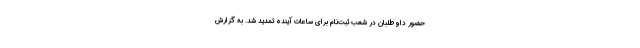
حضور داوطلبان در شعب ثبت‌نام برای ساعات آینده تمدید شد. به گزارش